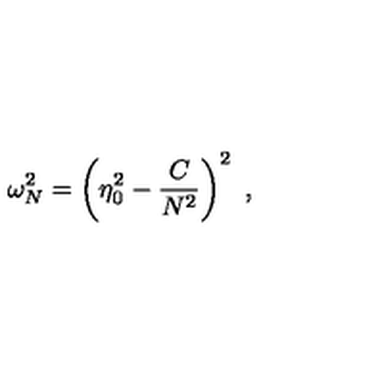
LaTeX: \omega _ { N } ^ { 2 } = \left( \eta _ { 0 } ^ { 2 } - \frac { C } { N ^ { 2 } } \right) ^ { 2 } \ ,